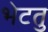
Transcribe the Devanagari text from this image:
भेटतु